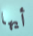
أيها